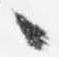
々